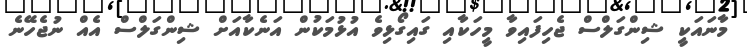
މާނައަކީ ޝިންގަލްސް ޖެހިފައިވާ މީހަކާއި ގައިގޯޅިވެ އުޅުމަކުން އަނެކާއަށް ޝިންގަލްސް އެއް ނުޖެހޭނެ